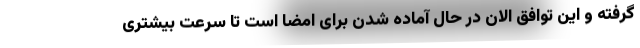
گرفته و این توافق الان در حال آماده شدن برای امضا است تا سرعت بیشتری